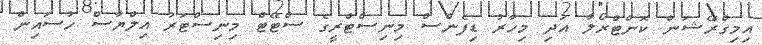
އިމިގްރޭޝަން ކޮންޓްރޯލާ އަދި މިހާރު ޑިފެންސް މިނިސްޓްރީގެ ސްޓޭޓް މިނިސްޓަރު އިލްޔާސް ހުސައިން